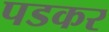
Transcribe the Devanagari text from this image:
पडकर